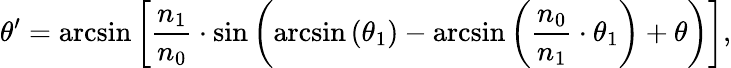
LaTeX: \theta^{\prime}=\arcsin\left[\frac{n_{1}}{n_{0}}\cdot\sin\left(\arcsin\left(\theta_{1}\right)-\arcsin\left(\frac{n_{0}}{n_{1}}\cdot\theta_{1}\right)+\theta\right)\right],